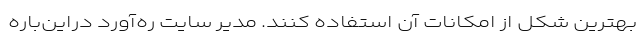
بهترین شکل از امکانات آن استفاده کنند. مدیر سایت ره‌آورد دراین‌باره